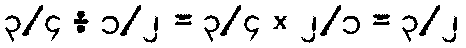
၃/၄ ÷ ၁/၂ = ၃/၄ × ၂/၁ = ၃/၂